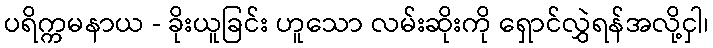
ပရိက္ကမနာယ - ခိုးယူခြင်း ဟူသော လမ်းဆိုးကို ရှောင်လွှဲရန်အလို့ငှါ၊